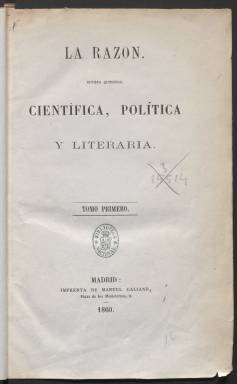
Título: La Razón (Madrid. 1860)
Colección: Cultura
Ámbito geográfico: Madrid
Lugar de publicación: Madrid
Fechas: 01/01/1860-31/12/1861

No se han encuadernado las primeras páginas y faltan la numeración y fecha de la mayoría de los ejemplares. Se ha digitalizado cada tomo en un PDF, sin separar los distintos ejemplares.